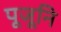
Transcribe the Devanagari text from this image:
पूजूनि